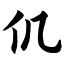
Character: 仉